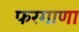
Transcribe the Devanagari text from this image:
फरगाणा